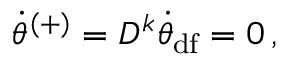
\begin{array} { r } { \Dot { \theta } ^ { ( + ) } = D ^ { k } \Dot { \theta } _ { \mathrm { d f } } = 0 \, , } \end{array}